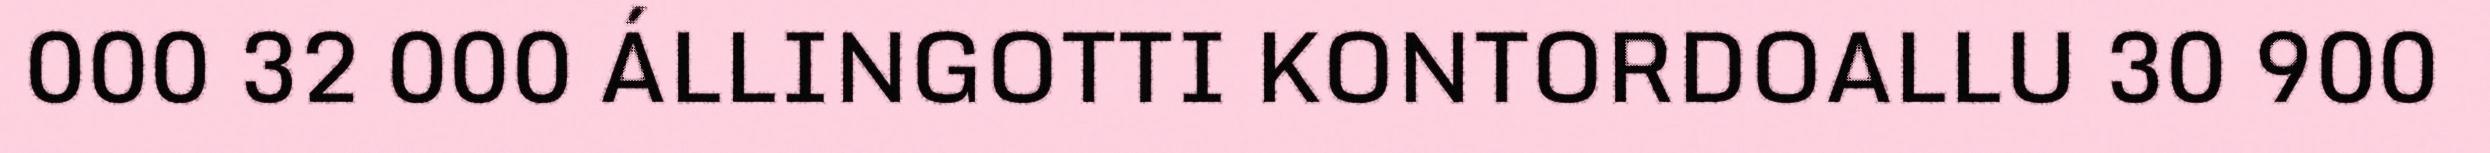
000 32 000 ÁLLINGOTTI KONTORDOALLU 30 900